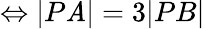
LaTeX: \Leftrightarrow|P\mathit{A}|=3|PB|